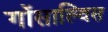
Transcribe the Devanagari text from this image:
गोंसाल्विस